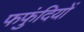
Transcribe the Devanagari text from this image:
फफुंदियों